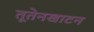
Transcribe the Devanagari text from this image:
तूतेनखाटन